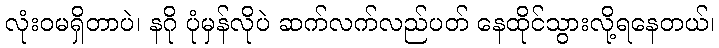
လုံးဝမရှိတာပဲ၊ နဂို ပုံမှန်လိုပဲ ဆက်လက်လည်ပတ် နေထိုင်သွားလို့ရနေတယ်၊